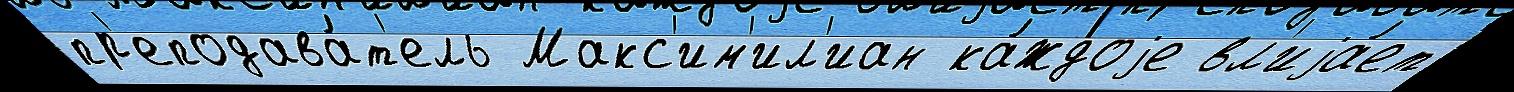
пр'еподава́т'ель Макс'им'ил'иан ка́ждоjе вл'иjа́ет